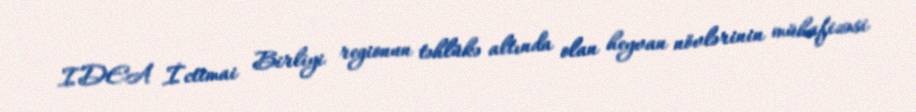
IDEA İctimai Birliyi regionun təhlükə altında olan heyvan növlərinin mühafizəsi